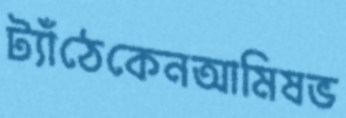
ট্যাঁঠেকেনআমিষভ